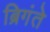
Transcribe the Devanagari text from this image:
ब्रिगंते